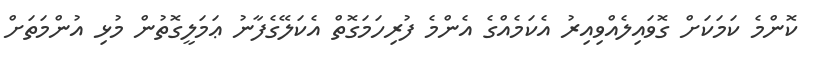
ކޮންމެ ކަމަކަށް ގޮވައިލެއްވިއިރު އެކަމެއްގެ އެންމެ ފުރިހަމަގޮތް އެކަލޭގެފާނު ޢަމަލީގޮތުން މުޅި އުންމަތަށް